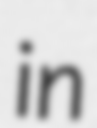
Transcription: in